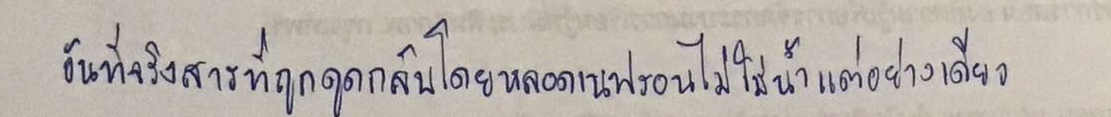
อันที่จริงสารที่ถูกดูดกลับโดยหลอดของเนฟรอนไม่ใช่น้ำแต่อย่างเดียว